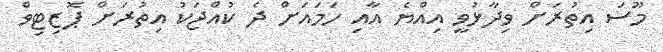
މޫސަ އިތުރަށް ވިދާޅުވީ އިއްޔެ އާއި ހަމައަށް ދެ ކުއްޖަކު އިތުރަށް ޕޮޒިޓިވް